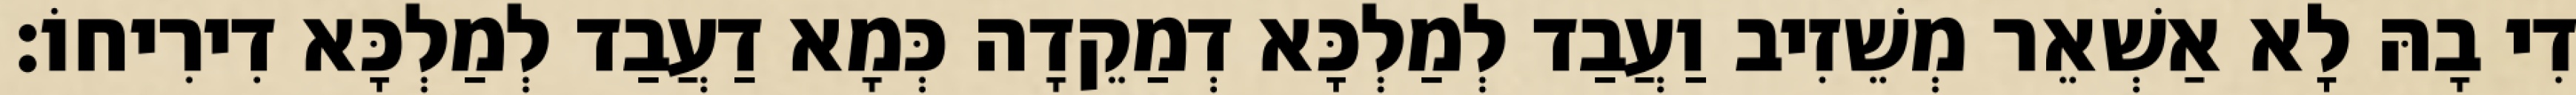
דִי בָהּ לָא אַשְׁאֵר מְשֵׁזִיב וַעֲבַד לְמַלְכָּא דְמַקֵדָה כְּמָא דַעֲבַד לְמַלְכָּא דִירִיחוֹ׃